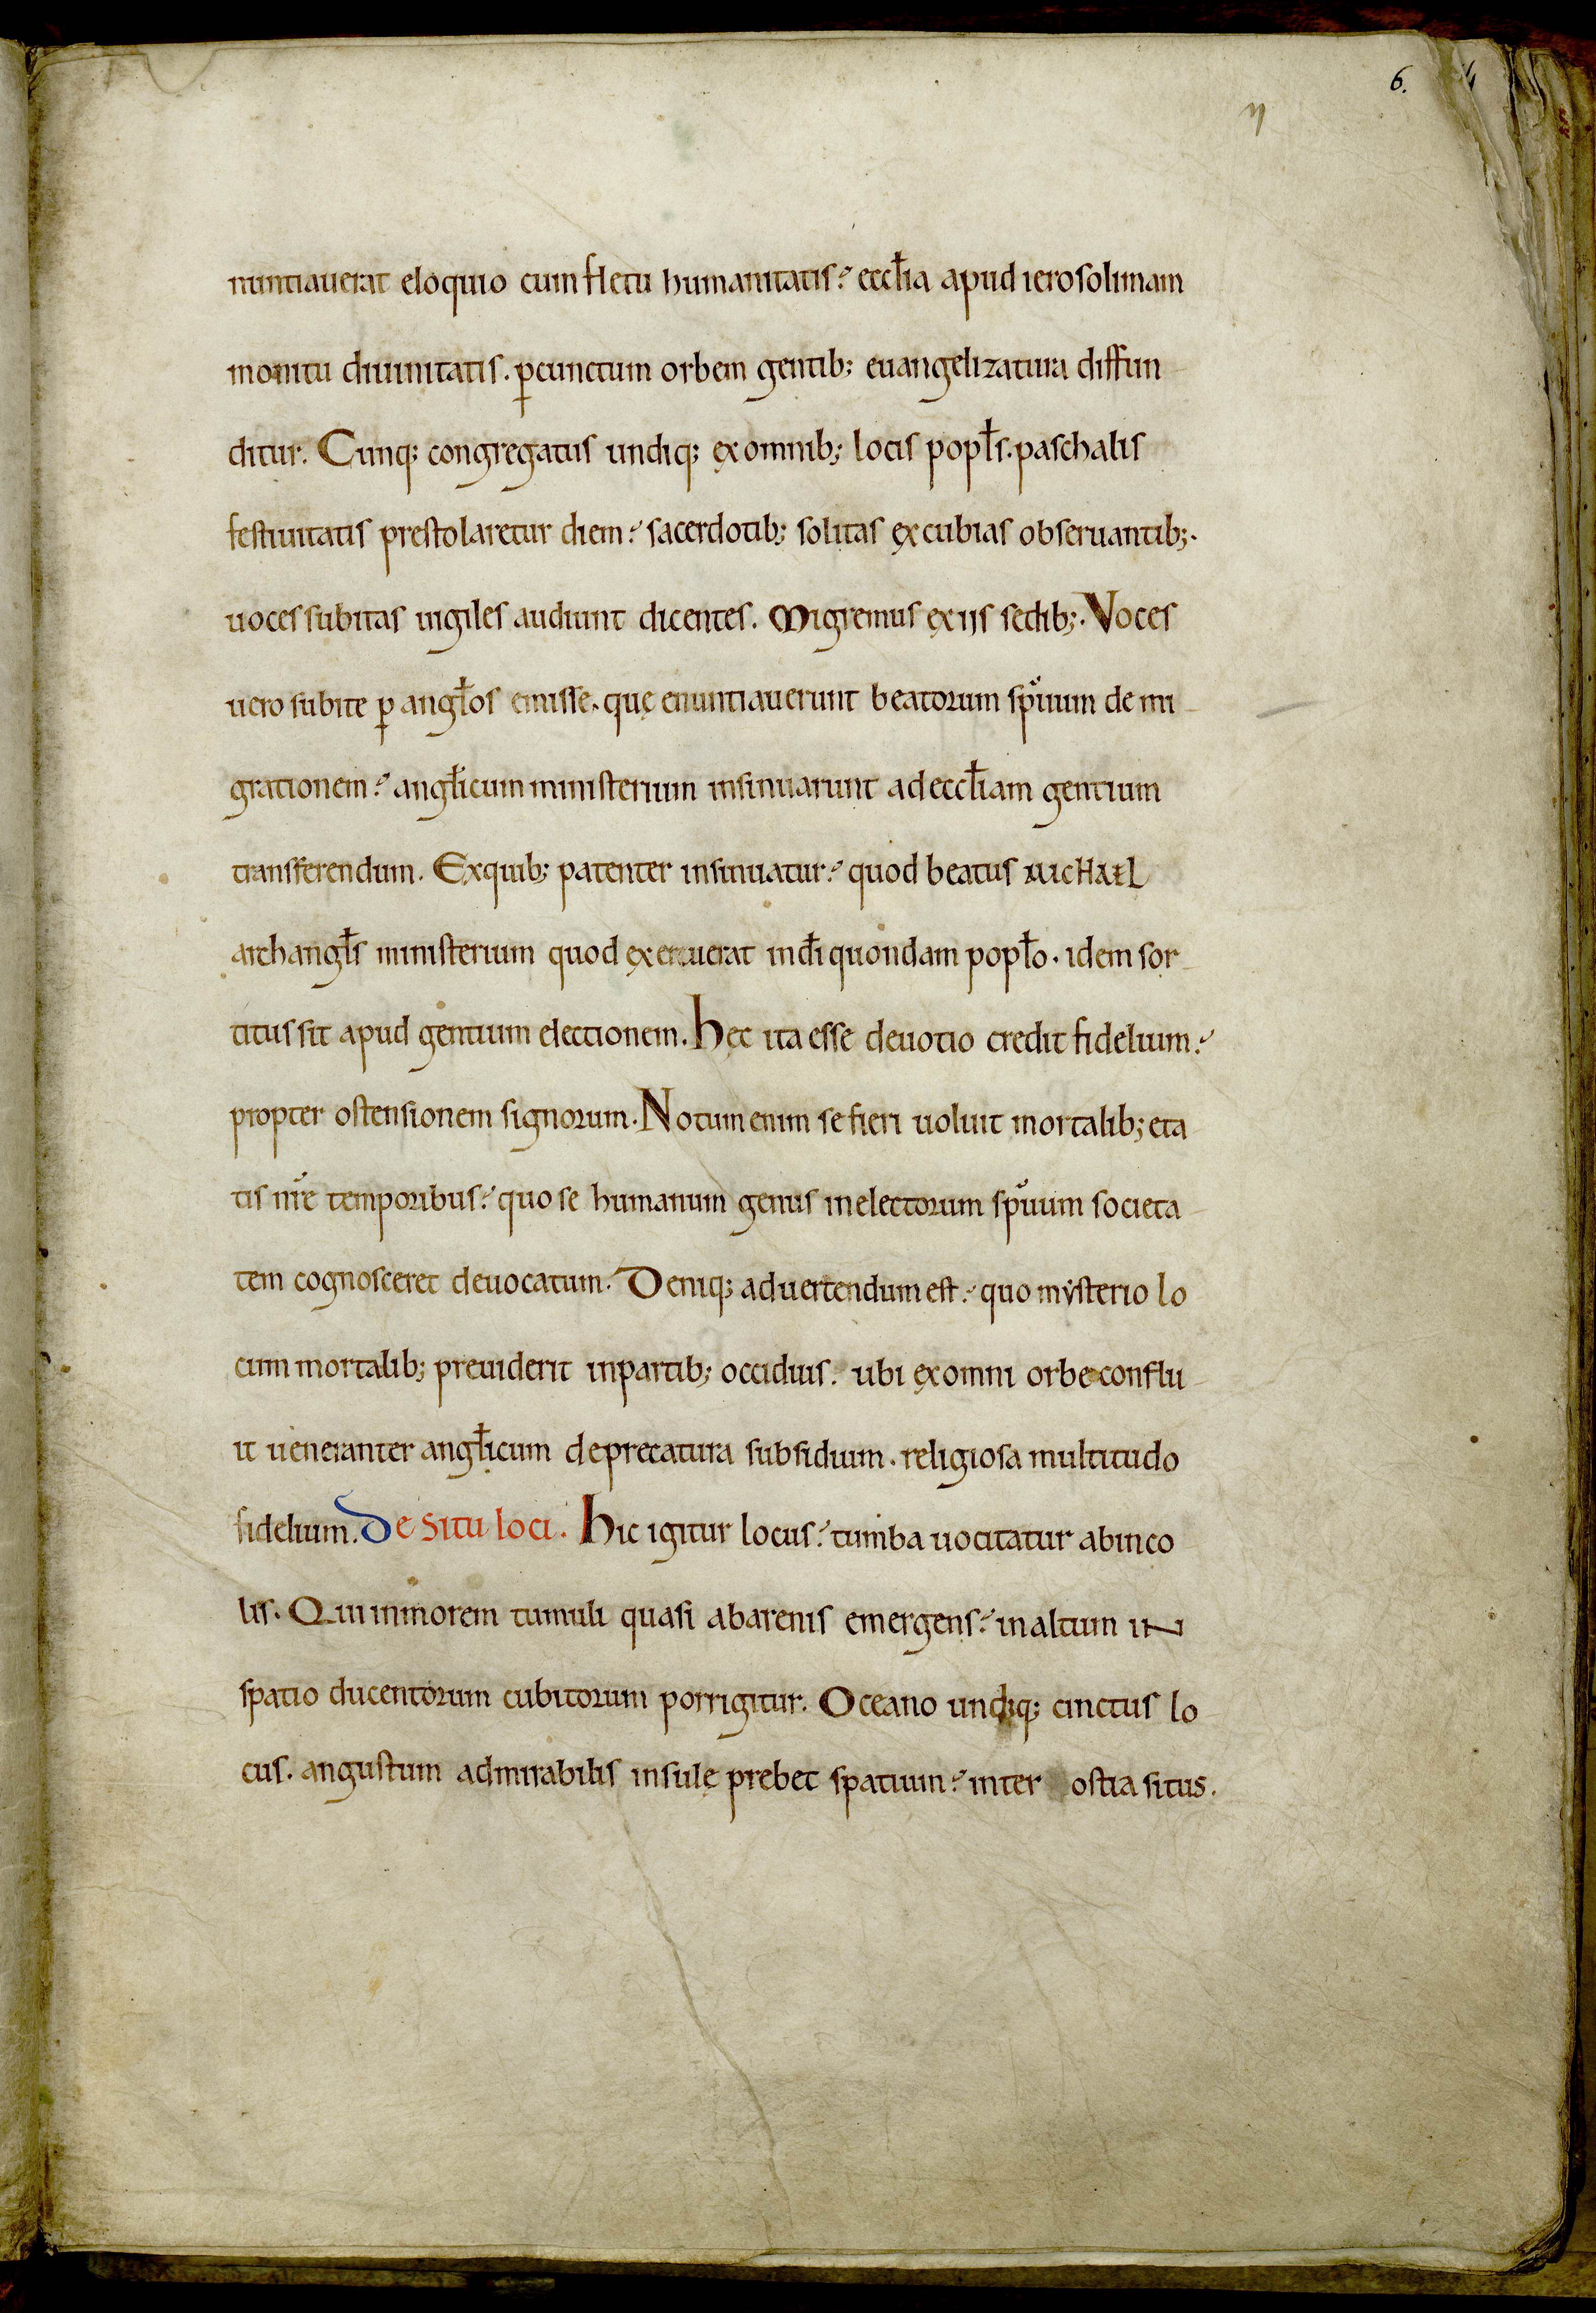
Shelfmark: Avranches, Bibliothèque municipale, 0210
Century: 12